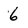
Character: 6